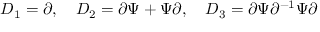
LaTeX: { \cal D } _ { 1 } = \partial , \quad { \cal D } _ { 2 } = \partial \Psi + \Psi \partial , \quad { \cal D } _ { 3 } = \partial \Psi \partial ^ { - 1 } \Psi \partial